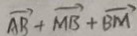
\overrightarrow { A B } + \overrightarrow { M B } + \overrightarrow { B M }